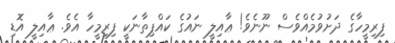
ފިރިމީހާގެ ދަށުވުމެއްވެސް ނޫނެވެ! ޢާއިލީ ނައުގެ ކައްޕިތާނަކީ ފިރިމީހާ އެވެ. ޢާއިލީ އޮޑި